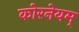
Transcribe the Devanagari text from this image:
कोरनेयम्